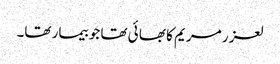
لعز ر مریم کا بھا ئی تھا جو بیمار تھا۔